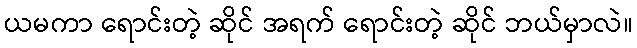
ယမကာ ရောင်းတဲ့ ဆိုင် အရက် ရောင်းတဲ့ ဆိုင် ဘယ်မှာလဲ။